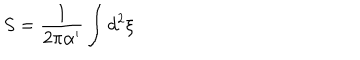
S = \frac { 1 } { 2 \pi \alpha ^ { \prime } } \int d ^ { 2 } \xi